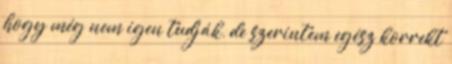
hogy még nem igen tudják, de szerintem egész korrekt